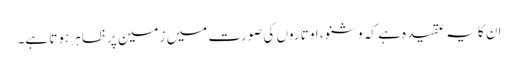
ان کا یہ عقیدہ ہے کہ وشنو، او تاروں کی صورت میں زمین پر ظاہر ہوتا ہے۔